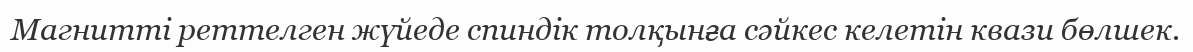
Магнитті реттелген жүйеде спиндік толқынға сәйкес келетін квази бөлшек.